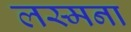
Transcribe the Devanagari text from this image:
लस्मना